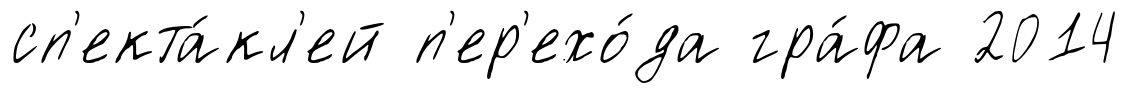
сп'екта́кл'ей п'ер'ехо́да гра́фа 2014